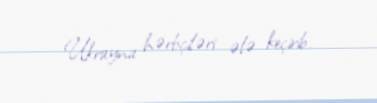
Ukrayna hərbçiləri ələ keçirib.